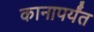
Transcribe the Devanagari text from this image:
कानापर्यंत